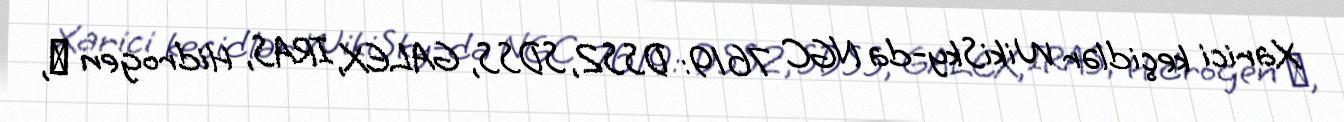
Xarici keçidlər WikiSky-da NGC 7619: DSS2, SDSS, GALEX, IRAS, Hidrogen α,